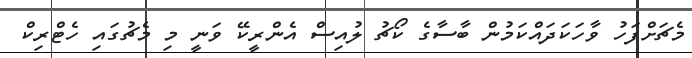
މެޗަށްފަހު ވާހަކަދައްކަމުން ބާސާގެ ކޯޗު ލުއިސް އެންރީކޭ ވަނީ މި މެޗުގައި ހެޓްރިކް